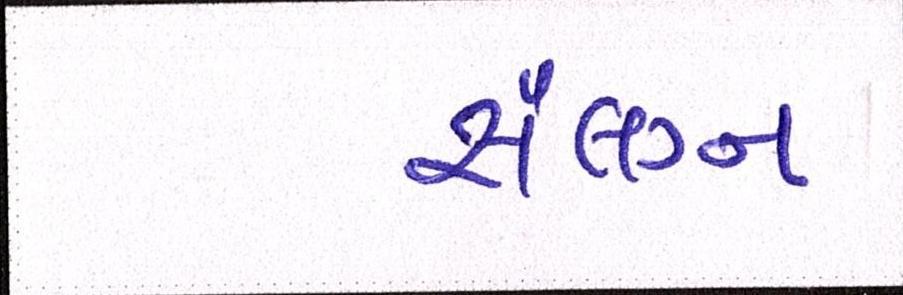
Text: સંલગ્ન